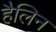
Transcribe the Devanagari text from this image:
हैलिन